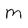
Character: M